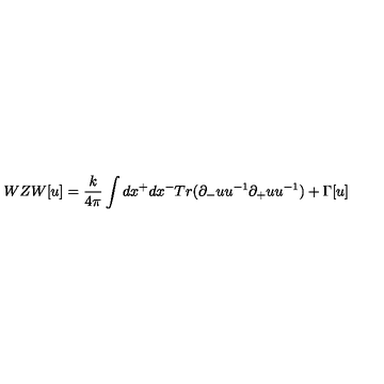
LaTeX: W Z W [ u ] = \frac { k } { 4 \pi } \int d x ^ { + } d x ^ { - } T r ( \partial _ { - } u u ^ { - 1 } \partial _ { + } u u ^ { - 1 } ) + \Gamma [ u ]